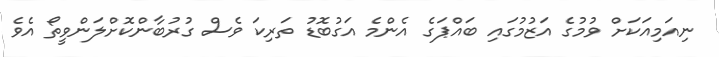
ނިއަމިއަކަށް ވުމުގެ އަޒުމުގައި ބައްޕަގެ އެންމެ އަގުބޮޑު ތަރިކަ ވެސް ގުރުބާންކޮށްލަންވީތޯ އެވެ